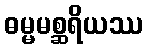
ဓမ္မမစ္ဆရိယဿ